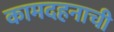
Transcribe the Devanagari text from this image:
कामदहनाची